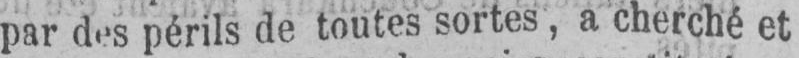
par des périls de toutes sortes, a cherché et